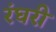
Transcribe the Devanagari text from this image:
रंघरी